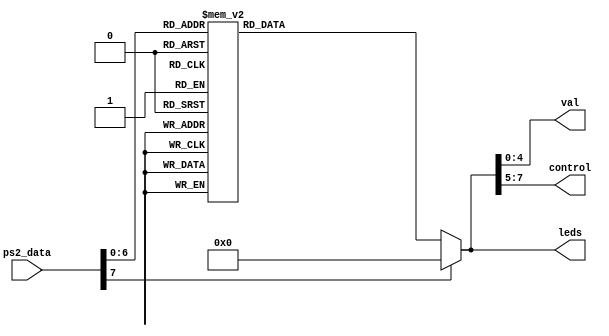
module teclado(
    input      [7:0] ps2_data,
    output reg [4:0] val,
    output reg [2:0] control,
/////////////////////////////////////////////////////
//    output [7:0] AN,
//    output CA,CB,CC,CD,CE,CF,CG,DP,
    output [7:0] leds
  );
    
    
    localparam CTRL_NUMERO    = 3'd1;
    localparam CTRL_ENTER     = 3'd2;
    localparam CTRL_FLECHA    = 3'd3;
    localparam CTRL_OPERACION = 3'd4;
    
    localparam CERO   = 8'h45;
    localparam UNO    = 8'h16;
    localparam DOS    = 8'h1E;
    localparam TRES   = 8'h26;
    localparam CUATRO = 8'h25;
    localparam CINCO  = 8'h2E;
    localparam SEIS   = 8'h36;
    localparam SIETE  = 8'h3D;
    localparam OCHO   = 8'h3E;
    localparam NUEVE  = 8'h46;
    localparam A      = 8'h1C;
    localparam B      = 8'h32;
    localparam C      = 8'h21;
    localparam D      = 8'h23;
    localparam E      = 8'h24;
    localparam F      = 8'h2B;
    localparam O      = 8'h44;
    localparam Y      = 8'h35;
    localparam SUMA   = 8'h1B;
    localparam RESTA  = 8'h2D;
    localparam MUL    = 8'h3A;
    localparam ENTER  = 8'h5A;
    localparam ARRIBA    =8'h75;
    localparam ABAJO     =8'h72;
    localparam IZQUIERDA =8'h6B;
    localparam DERECHA   =8'h74;
     
    wire reloj_lento;
    
    
    assign leds[4:0]= val;
    assign leds[7:5]= control;   
    

   
    
    
    always @(*) begin
        case(ps2_data)
           CERO: begin
                    val=5'd0;        
                    control=CTRL_NUMERO;
            end
            UNO: begin
                    val=5'd1;
                    control=CTRL_NUMERO;
            end
            DOS:begin
                    val=5'd2;    
                    control=CTRL_NUMERO;
            end
            TRES:begin
                    val=5'd3;    
                    control=CTRL_NUMERO;
            end
            CUATRO:begin
                    val=5'd4;    
                    control=CTRL_NUMERO;
            end
            CINCO:begin
                    val=5'd5;    
                    control=CTRL_NUMERO;
            end
            SEIS:begin
                    val=5'd6;    
                    control=CTRL_NUMERO;
            end
            SIETE:begin
                    val=5'd7;    
                    control=CTRL_NUMERO;
            end
            OCHO:begin
                    val=5'd8;    
                    control=CTRL_NUMERO;
            end
            NUEVE:begin
                    val=5'd9;    
                    control=CTRL_NUMERO;
            end
            A:begin
                    val=5'd10;    
                    control=CTRL_NUMERO;
            end
            B:begin
                    val=5'd11;    
                    control=CTRL_NUMERO;
            end
            C:begin
                    val=5'd12;    
                    control=CTRL_NUMERO;
            end
            D:begin
                    val=5'd13;    
                    control=CTRL_NUMERO;
            end
            E:begin
                    val=5'd14;    
                    control=CTRL_NUMERO;
            end
            F:begin
                    val=5'd15;    
                    control=CTRL_NUMERO;
            end
            SUMA:begin
                    val=5'd21;    
                    control=CTRL_OPERACION;
            end
            RESTA:begin
                    val=5'd22;    
                    control=CTRL_OPERACION;
            end
            MUL:begin
                    val=5'd23;    
                    control=CTRL_OPERACION;
            end
            Y:begin
                    val=5'd24;    
                    control=CTRL_OPERACION;
            end
            O:begin
                    val=5'd25;    
                    control=CTRL_OPERACION;
            end
            ENTER:begin
                    val     =5'd16;    
                    control =CTRL_ENTER;
            end
            ARRIBA:begin
                    val=5'd19;    
                    control=CTRL_FLECHA;
            end
            ABAJO:begin
                    val=5'd20;    
                    control=CTRL_FLECHA;
            end
            IZQUIERDA:begin
                    val=5'd17;    
                    control=CTRL_FLECHA;
            end
            DERECHA:begin
                    val=5'd18;    
                    control=CTRL_FLECHA;
            end
            default: begin
                    val=5'd0;    
                    control=3'd0;
            end
            endcase
    end
    
///////////////////////////////////////////////////////////////////////////////////////////////////////////////////////////////////////////////


//     clock_divider clock_div(
//       .clk(CLK100MHZ),
//       .rst(reset),
//       .clk_div(reloj_lento)
//       );

//       display dis(
//       .clk_display(reloj_lento),
//       .num({24'b0,new_data}),
//       .puntos(),
//       .anodos(AN[7:0]),
//       .segmentos({CA,CB,CC,CD,CE,CF,CG,DP})
//       ); 
    
endmodule